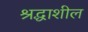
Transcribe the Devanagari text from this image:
श्रद्धाशील